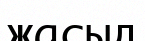
жасыд